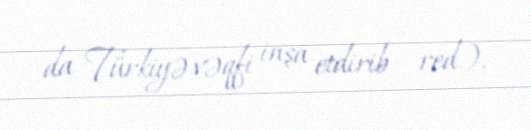
da Türkiyə vəqfi inşa etdirib - red.).